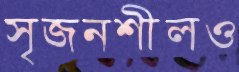
সৃজনশীলও